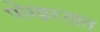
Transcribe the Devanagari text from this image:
पोखरतात